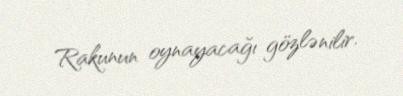
Rakunun oynayacağı gözlənilir.